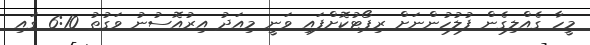
މީހާ ގެއްލިގެން ފުލުހުންނަށް ރިޕޯޓުކޮށްފައި ވަނީ މިއަދު އިރުއޮސުނު ވަގުތު 6:10 ގައި